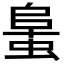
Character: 𧌛